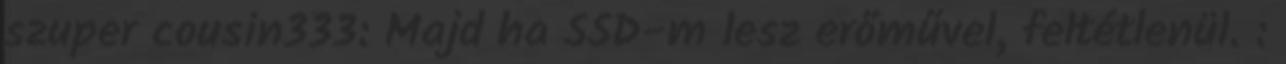
szuper cousin333: Majd ha SSD-m lesz erőművel, feltétlenül. :